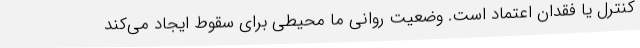
کنترل یا فقدان اعتماد است. وضعیت روانی ما محیطی برای سقوط ایجاد می‌کند